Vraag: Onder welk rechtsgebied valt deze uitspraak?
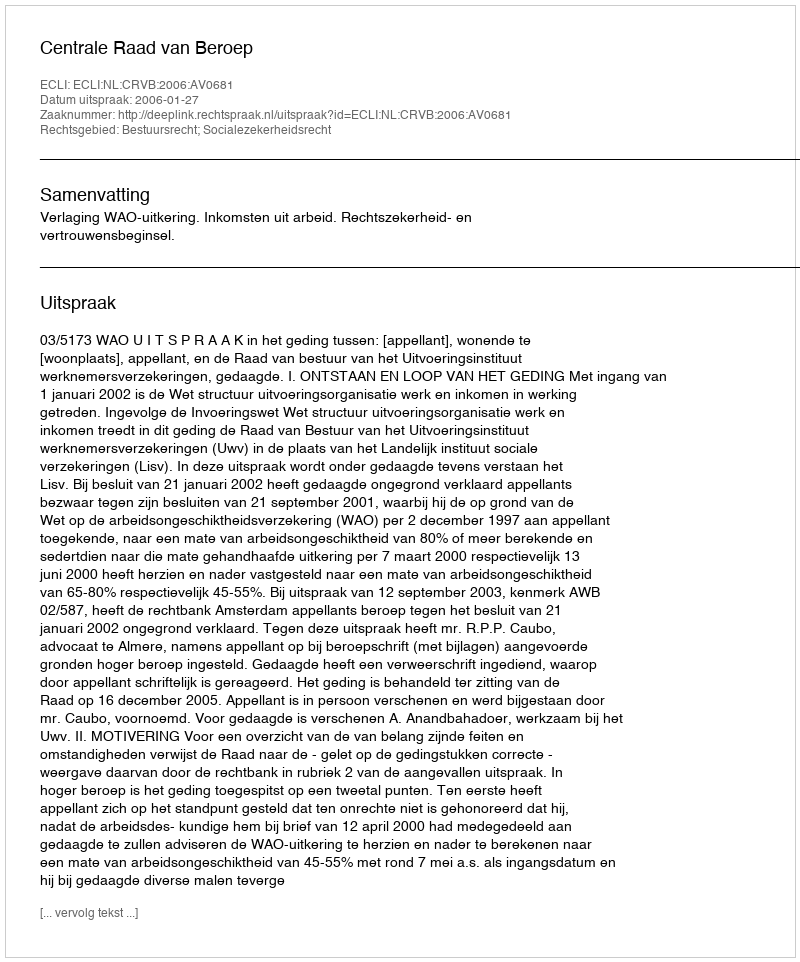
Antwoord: Bestuursrecht; Socialezekerheidsrecht